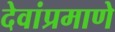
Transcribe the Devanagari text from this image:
देवांप्रमाणे